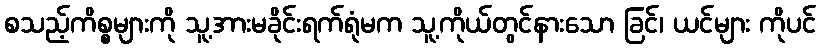
စသည့်ကိစ္စများကို သူ့အားမခိုင်းရက်ရုံမက သူ့ကိုယ်တွင်နားသော ခြင်၊ ယင်များ ကိုပင်